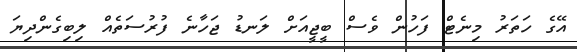
އޭގެ ހަތަރު މިނެޓް ފަހުން ވެސް ބީޖީއަށް ލަނޑު ޖަހާނެ ފުރުސަތެއް ލިބިގެންދިޔަ